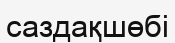
саздақшөбі